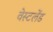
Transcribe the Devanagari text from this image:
वेस्टलेंड